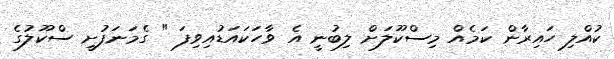
ކުއްލި ހައިރާން ކަމެއް މިސްކޫލަށް ލިބުނީ އެ ވާހަކައަޑުއިވިފަ " ގެމަނަފުށީ ސްކޫލުގެ